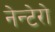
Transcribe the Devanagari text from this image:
नेन्टेरो